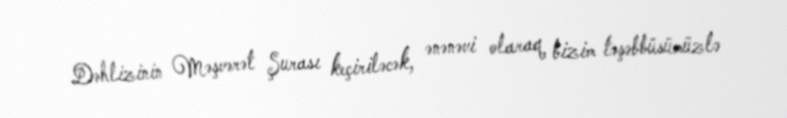
Dəhlizinin Məşvərət Şurası keçiriləcək, ənənəvi olaraq bizim təşəbbüsümüzlə